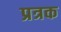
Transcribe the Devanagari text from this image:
प्रत्रक